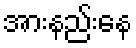
အားနည်းနေ